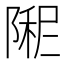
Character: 𫕏